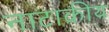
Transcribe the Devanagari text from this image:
नाटाकीय